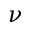
\nu